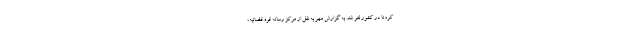
کرونا در کشور لغو شد. به گزارش مهر به نقل از مرکز رسانه قوه قضائیه،